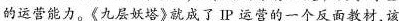
的运营能力。《九层妖塔》就成了IP 运营的一个反面教材,该